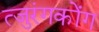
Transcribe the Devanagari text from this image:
त्जुरंगकोंग